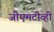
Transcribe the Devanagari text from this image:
जीएमटीव्ही